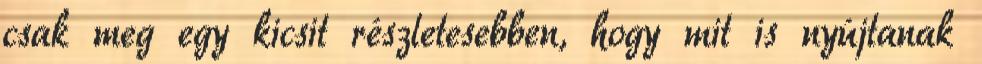
csak meg egy kicsit részletesebben, hogy mit is nyújtanak